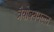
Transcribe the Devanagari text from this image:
त्रैयोक्यमल्ल